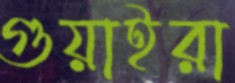
গুয়াইরা